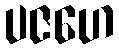
ပဇဟေ